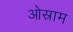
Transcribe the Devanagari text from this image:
ओस्राम